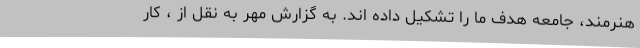
هنرمند، جامعه هدف ما را تشکیل داده اند. به گزارش مهر به نقل از ، کار